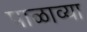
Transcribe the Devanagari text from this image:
पाळाव्या